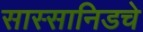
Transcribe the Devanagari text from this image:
सास्सानिडचे